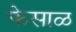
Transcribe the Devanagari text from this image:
फेसाळ